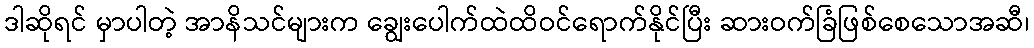
ဒါဆိုရင် မှာပါတဲ့ အာနိသင်များက ချွေးပေါက်ထဲထိဝင်ရောက်နိုင်ပြီး ဆားဝက်ခြံဖြစ်စေသောအဆီ၊